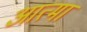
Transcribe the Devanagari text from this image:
आत्मां